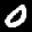
Label: 0